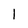
Character: 1